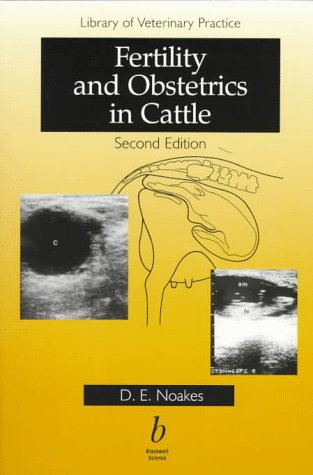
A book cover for Fertility and Obstetrics in Cattle; D. E. Noakes; Medical Books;